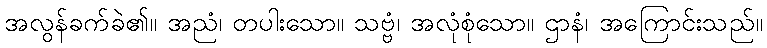
အလွန်ခက်ခဲ၏။ အညံ၊ တပါးသော။ သဗ္ဗံ၊ အလုံစုံသော။ ဌာနံ၊ အကြောင်းသည်။